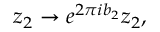
z _ { 2 } \rightarrow e ^ { 2 \pi i b _ { 2 } } z _ { 2 } , \, \,